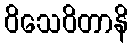
ဝိသေဝိတာနိ